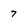
Character: 7